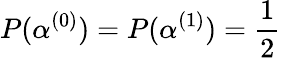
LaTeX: P(\alpha^{(0)})=P(\alpha^{(1)})=\frac{1}{2}